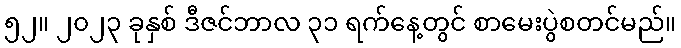
၅၂။ ၂၀၂၃ ခုနှစ် ဒီဇင်ဘာလ ၃၁ ရက်နေ့တွင် စာမေးပွဲစတင်မည်။